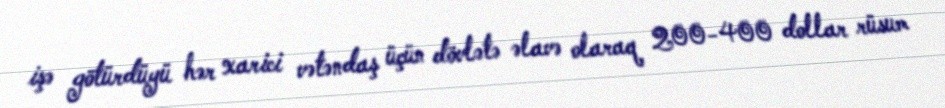
işə götürdüyü hər xarici vətəndaş üçün dövlətə əlavə olaraq 200-400 dollar rüsum